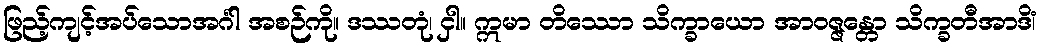
ဖြည့်ကျင့်အပ်သောအင်္ဂါ အစဉ်ကို။ ဒဿတုံ၊ ငှါ။ ဣမာ တိဿော သိက္ခာယော အာဝဇ္ဇန္တော သိက္ခတီအာဒိံ၊